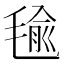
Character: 毺